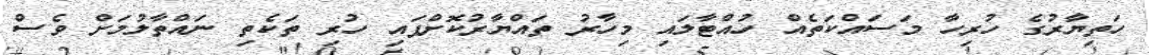
ހަތިޔާރުގެ ހުރިހާ މަސައްކަތެއް ހުއްޓާލައި މިހާރު ތައްޔާރުކޮށްފައި ހުރި ތަކެތި ނައްތާލުމަށް ވެސް